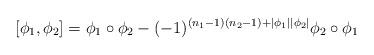
LaTeX: \begin{align*}[\phi_1,\phi_2] = \phi_1\circ\phi_2 -(-1)^{(n_1-1)(n_2-1)+|\phi_1||\phi_2|}\phi_2\circ\phi_1\end{align*}